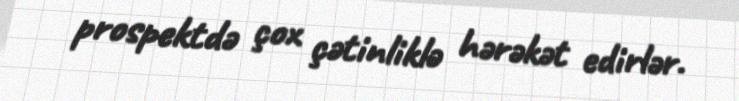
prospektdə çox çətinliklə hərəkət edirlər.